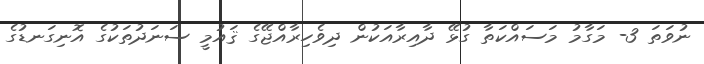
ނުވަތަ 3- މަގާމު މަސައްކަތާ ގުޅޭ ދާއިރާއަކުން ދިވެހިރާއްޖޭގެ ޤައުމީ ސަނަދުތަކުގެ އޮނިގަނޑުގެ